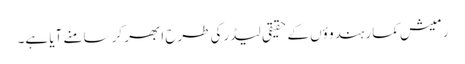
رمیش کمار ہندو ؤں کے حقیقی لیڈرکی طرح ابھر کر سامنے آیا ہے۔